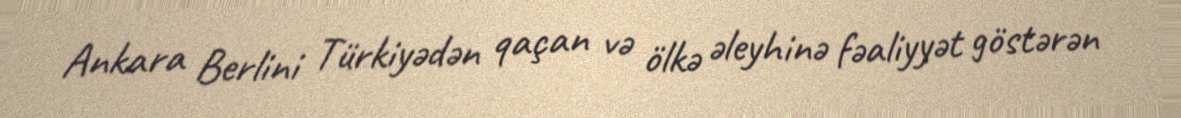
Ankara Berlini Türkiyədən qaçan və ölkə əleyhinə fəaliyyət göstərən